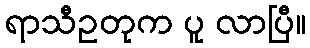
ရာသီဥတုက ပူ လာပြီ။